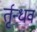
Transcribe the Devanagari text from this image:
र्तृन्धव